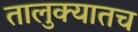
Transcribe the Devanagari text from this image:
तालुक्यातच